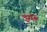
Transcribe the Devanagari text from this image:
इपरू